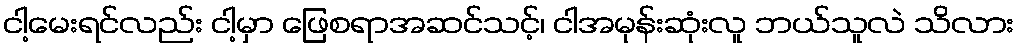
ငါ့မေးရင်လည်း ငါ့မှာ ဖြေစရာအဆင်သင့်၊ ငါအမုန်းဆုံးလူ ဘယ်သူလဲ သိလား